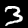
Label: 3